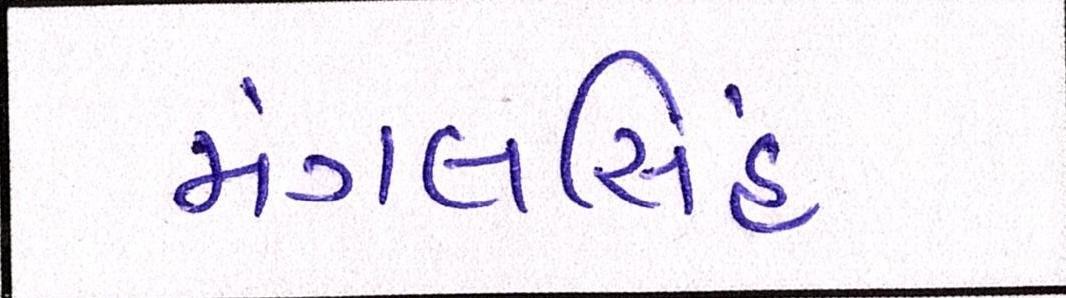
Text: મંગલસિંહ